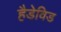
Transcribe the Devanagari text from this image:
हैडेविड